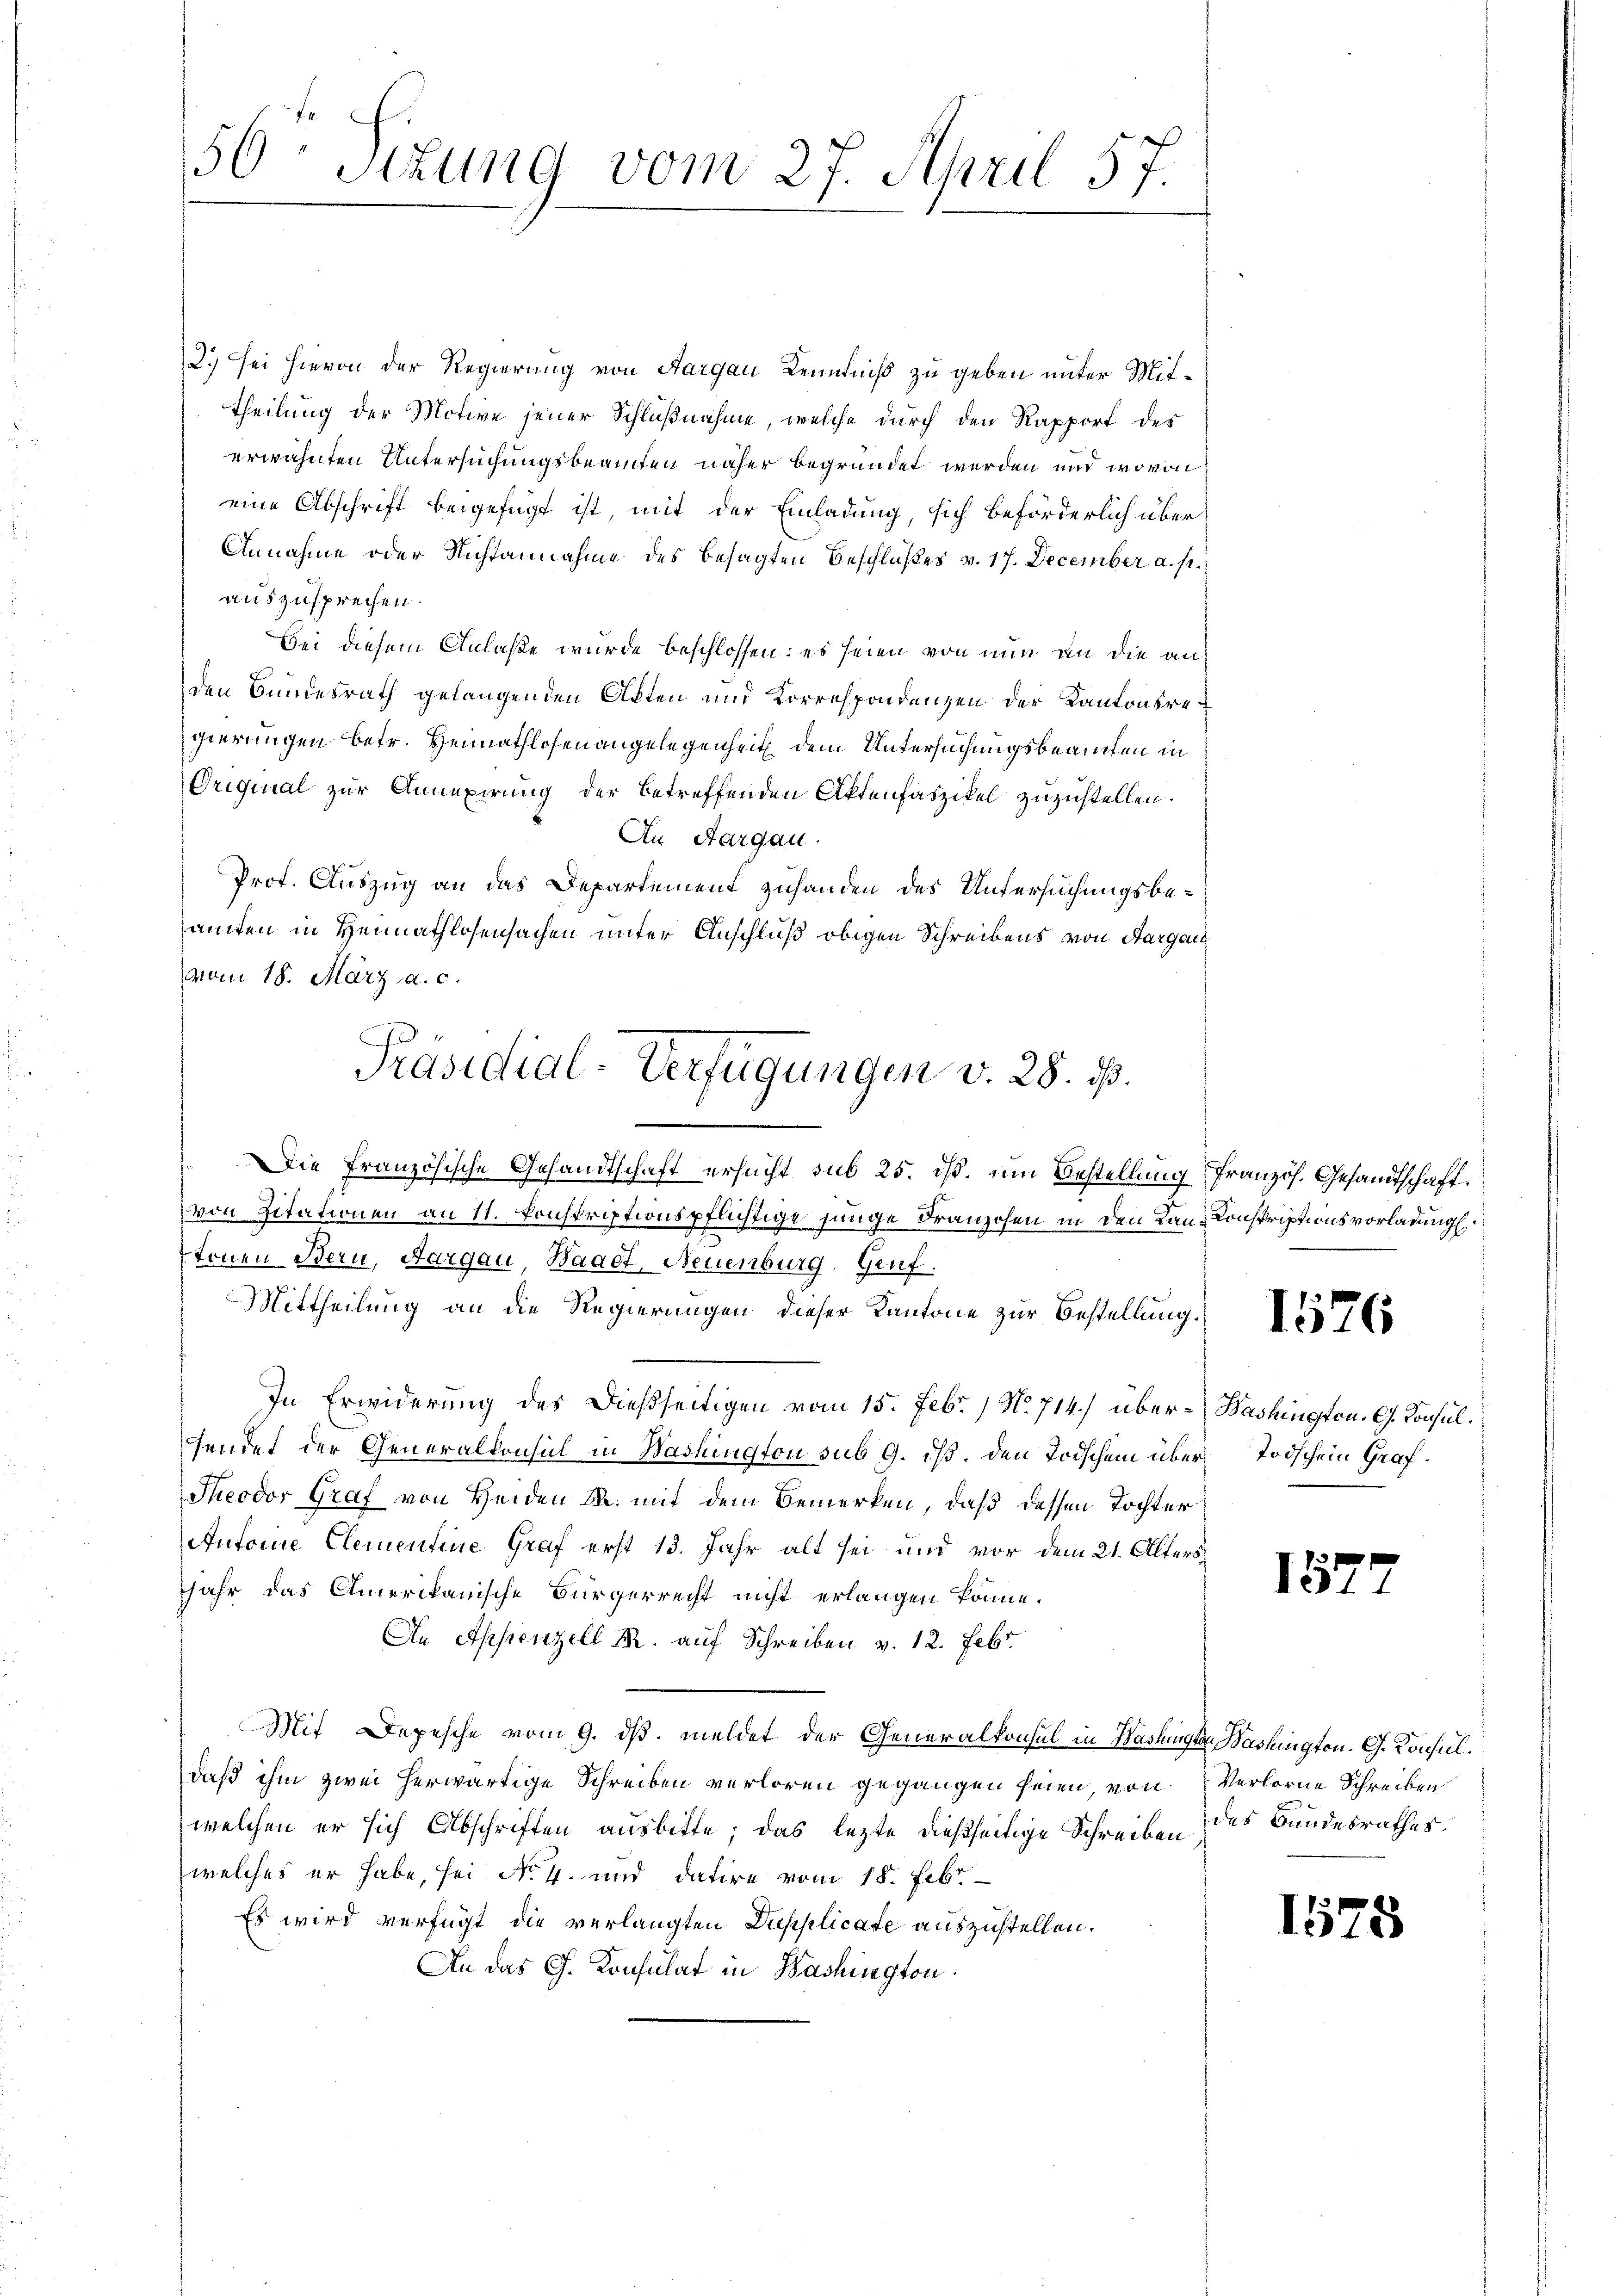
50 Sizung vom 27. April 57.

2.) sei hievon der Regierung von Aargau Kenntniß zu geben unter Mittheilung der Motive jener Schlußnahme, welche durch den Rapport des
erwähnten Untersuchungsbeamten näher begründet werden und wovon
eine Abschrift beigefügt ist, mit der Einladung, sich beförderlich über¬
Annahme oder Nichtannahme des besagten Beschlußes v. 17. December a. p.
auszusprechen.
bei diesem Anlaße wurde beschlossen: es seien von nun an die anden Bundesrath gelangenden Akten und Korrespondenzen der Kantonsregierungen betr. Heimathlosen angelegenheit dem Untersuchungsbeamten in
Oriquial zur Annexirung der betreffenden Aktenfaszikel zuzustellen.
An Aargau.
Prof. Auszug an das Departement zuhanden des Untersuchungsbesamten in Heimathlosensachen unter Anschluß obigen Schreibens von Aargau
vom 18. März a. c.
Die Französische Gesandtschaft ersucht sub 25. ist. um Bestellung französ. Gesandtschaft
von Zitationen an 11. konskriptionspflichtige junge Franzosen in den Lan-Konskriptionsvorladung
tonen Bern, Aargau, Waadt, Neuenburg, Genf.
Mittheilung an die Regierungen dieser Kantone zur Bestellung.
In Erwiderung des Dießseitigen vom 15. Febr. / No. 714.) über-Bashingten. G. Konsulsendet der Generalkonsul in Washington sub 9. ist. Den Todschen über Todschein Graf¬
Theodor Graf von Heiden M. mit dem Bemerken, daß dessen Tochter
Antoine Clementine Graf erst 13. Jahr alt sei und vor dem 21. Alters
Jahr das Amerikanische Bürgerrecht nicht erlangen könne.
An Appenzell M. auf Schreiben v. 12. Febr.
Mit Depesche vom 9. ds. meldet der Generalkonsul in Washingten Bashingten. G. Konsuldaß ihm zwei herwärtige Schreiben verloren gegangen seien, von Verlorne Schreiben
welchen er sich Abschriften ausbitte; das lezte dießseitige Schreiben des Bundesrathes.
welches er habe, sei No 4. und dahire vom 18. Febr.
Es wird verfügt die verlangten Dupplicate auszustellen.
An das Ch. Konsulat in Washington

Präsidial-Verfügungen v. 28. 13.

1576

157

1578